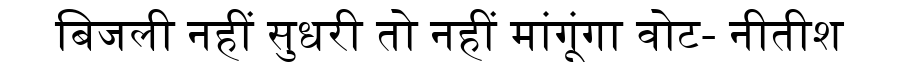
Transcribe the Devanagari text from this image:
बिजली नहीं सुधरी तो नहीं मांगूंगा वोट- नीतीश